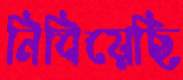
নিবিয়েছি